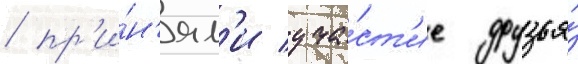
/ пр'и́н'ял'и уча́ст'ие друзья́